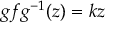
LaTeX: g f g ^ { - 1 } ( z ) = k z